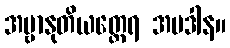
အမ္ဗာနုတိယတ္ထေရ အပဒါန။